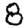
Digit: 8